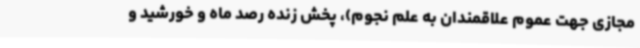
مجازی جهت عموم علاقمندان به علم نجوم)، پخش زنده رصد ماه و خورشید و